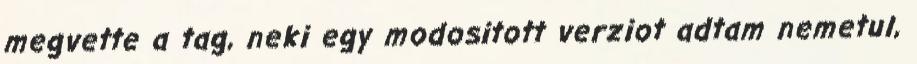
megvette a tag, neki egy modositott verziot adtam nemetul,